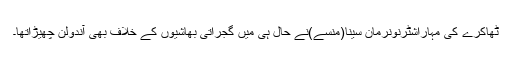
ٹھاکرے کی مہاراشٹرنونرمان سینا(منسے)نے حال ہی میں گجراتی بھاشیوں کے خلاف بھی آندولن چھیڑاتھا۔